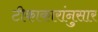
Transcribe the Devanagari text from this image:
टीकाकारांनुसार